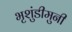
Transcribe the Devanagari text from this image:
भृशुंडीमुनी